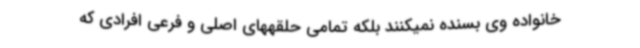
خانواده وی بسنده نمیکنند بلکه تمامی حلقههای اصلی و فرعی افرادی که